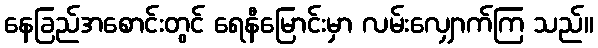
နေခြည်အစောင်းတွင် ရေနီမြောင်းမှာ လမ်းလျှောက်ကြ သည်။